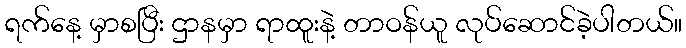
ရက်နေ့ မှာစပြီး ဌာနမှာ ရာထူးနဲ့ တာဝန်ယူ လုပ်ဆောင်ခဲ့ပါတယ်။